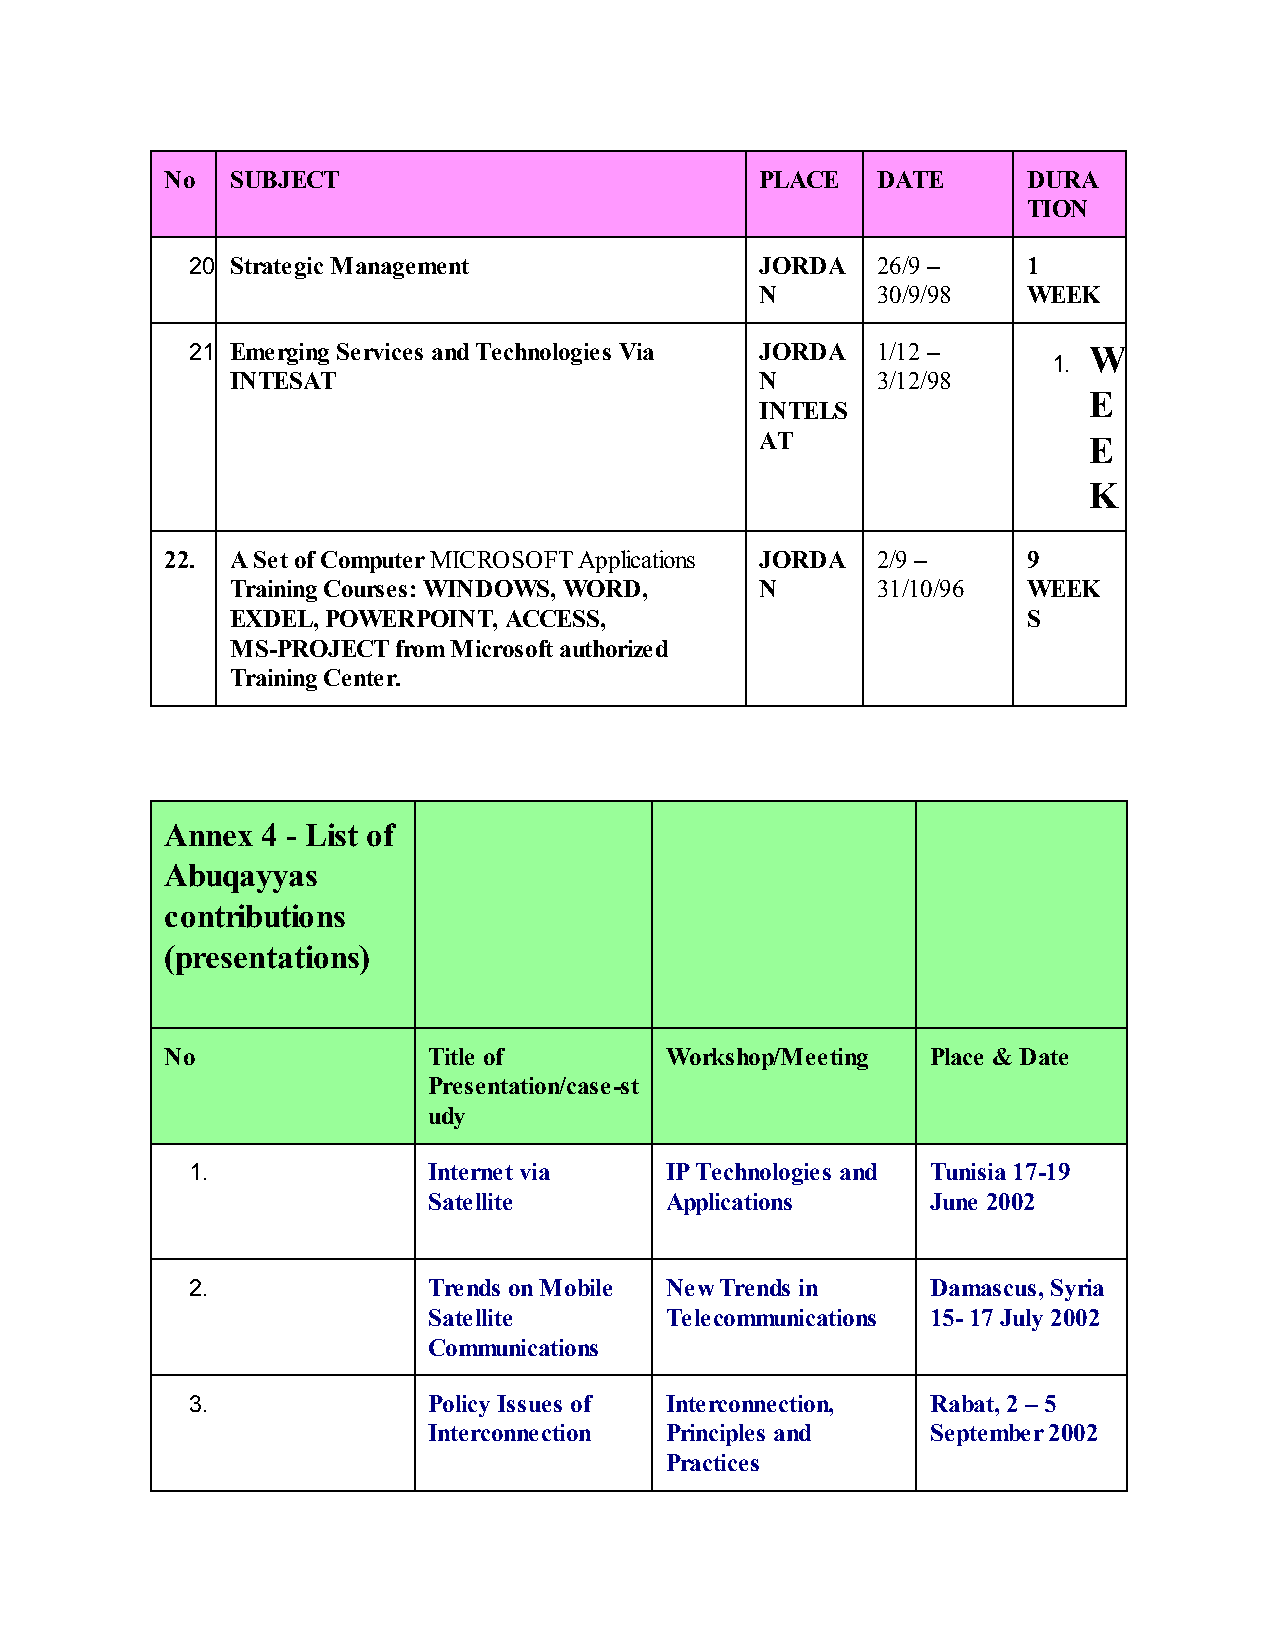
No  SUBJECT                            PLACE   DATE      DURA
 TION
 20. Strategic Management             JORDA   26/9 –    1
 N       30/9/98   WEEK
 21. Emerging Services and Technologies Via JORDA 1/12 –    W
 1.
 INTESAT                            N       3/12/98
 E
 INTELS
 AT                    E
 K
 22. A Set of Computer MICROSOFT Applications JORDA 2/9 – 9
 Training Courses: WINDOWS, WORD,   N       31/10/96  WEEK
 EXDEL, POWERPOINT, ACCESS,                           S
 MS-PROJECT from Microsoft authorized
 Training Center.
 Annex 4 - List of
 Abuqayyas
 contributions
 (presentations)
 No               Title of        Workshop/Meeting  Place & Date
 Presentation/case-st
 udy
 1.             Internet via    IP Technologies and Tunisia 17-19
 Satellite       Applications      June 2002
 2.             Trends on Mobile New Trends in    Damascus, Syria
 Satellite       Telecommunications 15- 17 July 2002
 Communications
 3.             Policy Issues of Interconnection, Rabat, 2 – 5
 Interconnection Principles and    September 2002
 Practices